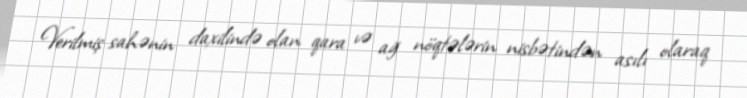
Verilmiş sahənin daxilində olan qara və ağ nöqtələrin nisbətindən asılı olaraq